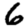
Digit: 6